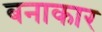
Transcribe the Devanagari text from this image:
बनाकार